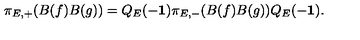
\pi _ { E , + } ( B ( f ) B ( g ) ) = Q _ { E } ( - { \bf 1 } ) \pi _ { E , - } ( B ( f ) B ( g ) ) Q _ { E } ( - { \bf 1 } ) .